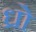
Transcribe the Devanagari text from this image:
ध्रो